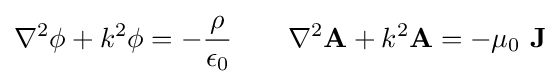
\nabla ^{2}\phi +k^{2}\phi =-{\frac {\rho }{\epsilon _{0}}}\qquad \nabla ^{2}\mathbf {A} +k^{2}\mathbf {A} =-\mu _{0}\ \mathbf {J}